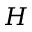
H